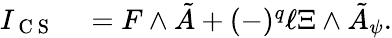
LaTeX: \begin{array}{rl}{I_{\mathrm{~C~S~}}}&{{}=F\wedge\tilde{A}+(-)^{q}\ell\Xi\wedge\tilde{A}_{\psi}.}\end{array}